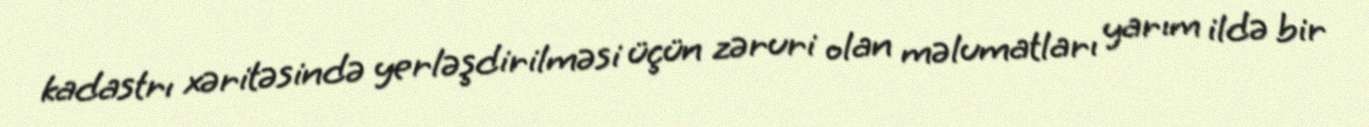
kadastrı xəritəsində yerləşdirilməsi üçün zəruri olan məlumatları yarım ildə bir